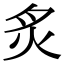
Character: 炙